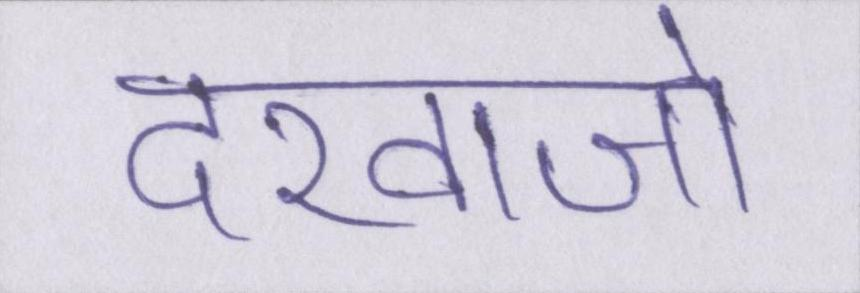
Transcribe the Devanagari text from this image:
दरवाजो